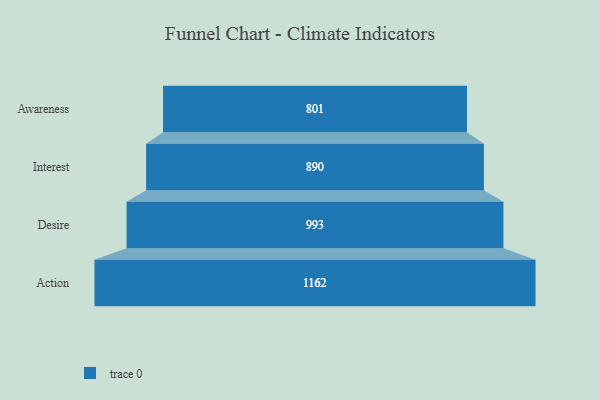
{"axis": {"x": "Stage", "y": "Value"}, "legend": [""], "data": [{"x": "Awareness", "y": 801.0, "type": ""}, {"x": "Interest", "y": 890.0, "type": ""}, {"x": "Desire", "y": 993.0, "type": ""}, {"x": "Action", "y": 1162.0, "type": ""}]}